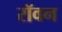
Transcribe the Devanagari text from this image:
रॉवन